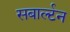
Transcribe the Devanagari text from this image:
सबार्ल्टन